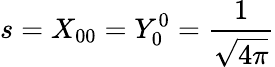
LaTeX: s=X_{00}=Y_{0}^{0}={\frac{1}{\sqrt{4\pi}}}